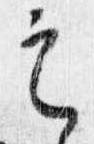
定